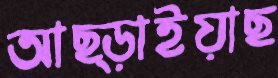
আছ্‌ড়াইয়াছ